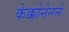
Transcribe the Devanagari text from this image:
केक्कोनेनने